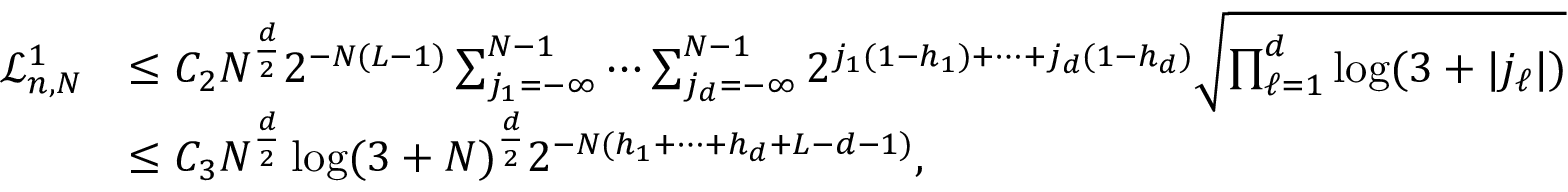
\begin{array} { r l } { \mathcal { L } _ { n , N } ^ { 1 } } & { \leq C _ { 2 } N ^ { \frac { d } { 2 } } 2 ^ { - N ( L - 1 ) } \sum _ { j _ { 1 } = - \infty } ^ { N - 1 } \cdots \sum _ { j _ { d } = - \infty } ^ { N - 1 } 2 ^ { j _ { 1 } ( 1 - h _ { 1 } ) + \cdots + j _ { d } ( 1 - h _ { d } ) } \sqrt { \prod _ { \ell = 1 } ^ { d } \log ( 3 + | j _ { \ell } | ) } } \\ & { \leq C _ { 3 } N ^ { \frac { d } { 2 } } \log ( 3 + N ) ^ { \frac { d } { 2 } } 2 ^ { - N ( h _ { 1 } + \cdots + h _ { d } + L - d - 1 ) } , } \end{array}